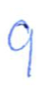
Text: 9
Cross-out: clean
Writing tool: ballpoint